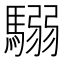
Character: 𩥩